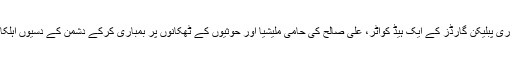
فضائی بمباری میں تعز میں ری پبلیکن گارڈز کے ایک ہیڈ کواٹر، علی صالح کی حامی ملیشیا اور حوثیوں کے ٹھکانوں پر بمباری کرکے دشمن کے دسیوں اہلکار ہلاک اور زخمی کیے ہیں۔